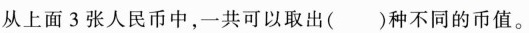
从上面3张人民币中，一共可以取出（）种不同的币值。